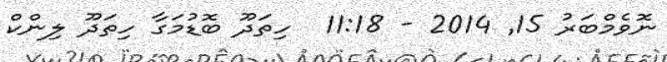
ނޮވެމްބަރު 15